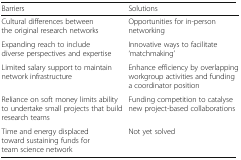
| Barriers | Solutions |
 | --- | --- |
 | Cultural differences between the original research networks | Opportunities for in-person networking |
 | Expanding reach to include diverse perspectives and expertise | Innovative ways to facilitate ‘matchmaking’ |
 | Limited salary support to maintain network infrastructure | Enhance efficiency by overlapping workgroup activities and funding a coordinator position |
 | Reliance on soft money limits ability to undertake small projects that build research teams | Funding competition to catalyse new project-based collaborations |
 | Time and energy displaced toward sustaining funds for team science network | Not yet solved |